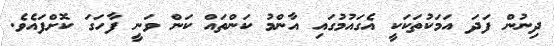
ދިނުން ފަދަ އަމަކުތަކަކީ އެގައުމުގައި އާންމު ކަންތައް ކަން ވަނީ ފާހަގަ ކޮށްފައެވެ.